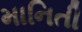
માનિતી